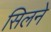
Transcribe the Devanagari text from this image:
सिलने